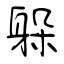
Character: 躲